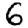
Digit: 6